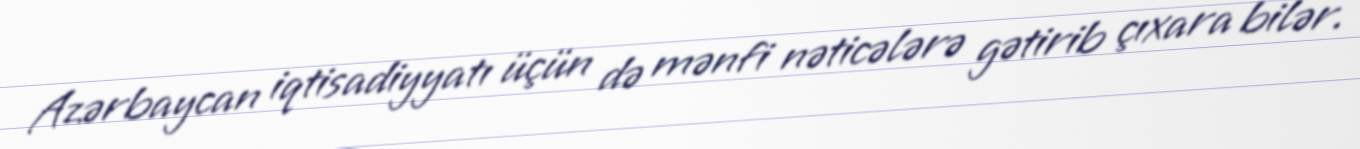
Azərbaycan iqtisadiyyatı üçün də mənfi nəticələrə gətirib çıxara bilər.